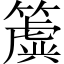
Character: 簴